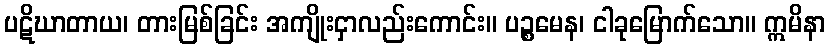
ပဋိဃာတာယ၊ တားမြစ်ခြင်း အကျိုးငှာလည်းကောင်း။ ပဉ္စမေန၊ ငါခုမြောက်သော။ ဣမိနာ